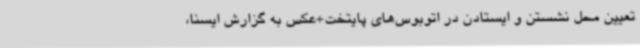
تعیین محل نشستن و ایستادن در اتوبوس‌های پایتخت+عکس به گزارش ایسنا،